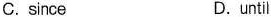
C.since D.until